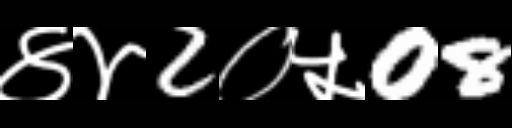
Text: ४४2०५08